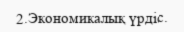
2.Экономикалық үрдіс.